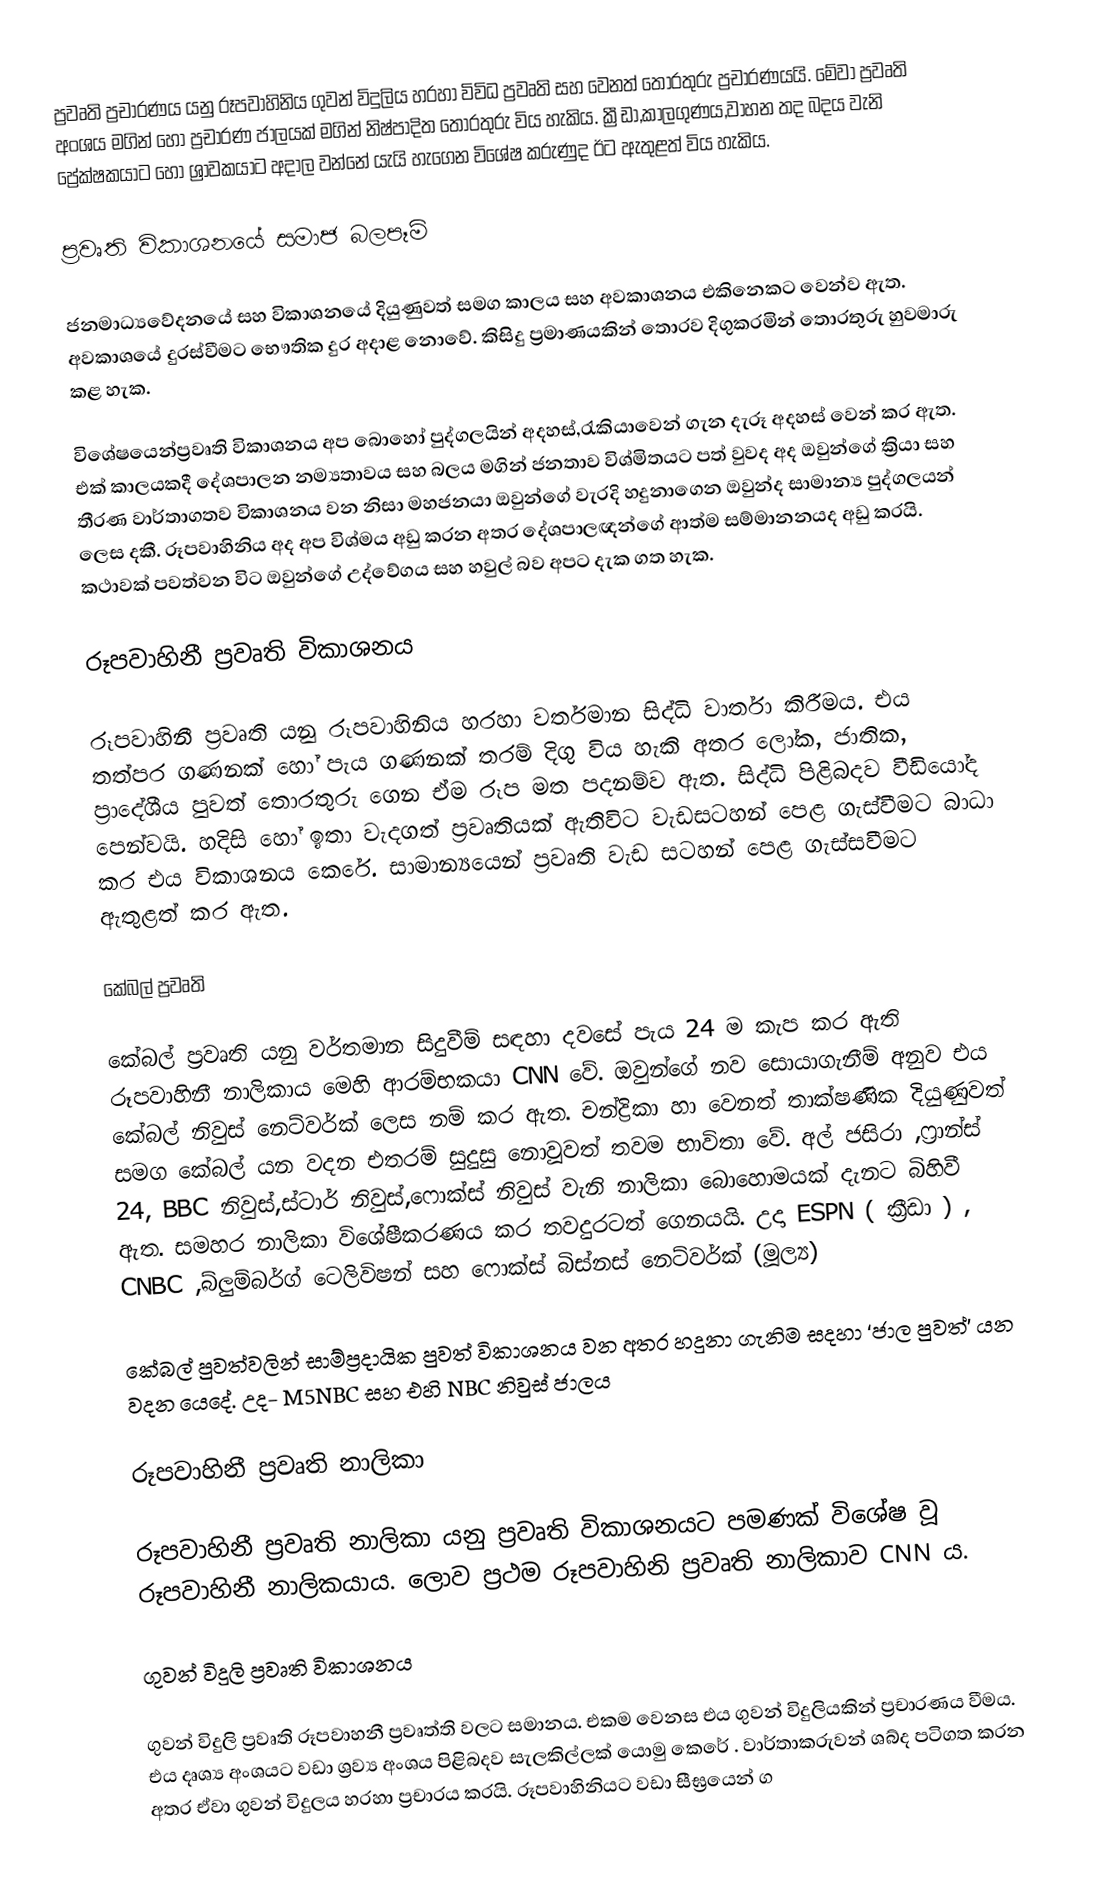
ප්‍රවෘති ප්‍රචාරණය යනු රූපවාහිනිය ගුවන් විදුලිය හරහා විවිධ ප්‍රවෘති සහ වෙනත් තොරතුරු ප්‍රචාරණයයි. මේවා ප්‍රවෘති අංශය මගින් හෝ ප්‍රචාරණ ජාලයක් මගින් නිෂ්පාදිත තොරතුරු විය හැකිය. ක්‍රීඩා,කාලගුණය,වාහන තද බදය වැනි ප්‍රේක්ෂකයාට හෝ ශ්‍රාවකයාට අදාල වන්නේ යැයි හැගෙන විශේෂ කරුණුද ඊට ඇතුළත් විය හැකිය.

ප්‍රවෘති විකාශනයේ සමාජ බලපෑම්

ජනමාධ්‍යවේදනයේ සහ විකාශනයේ දියුණුවත් සමග කාලය සහ අවකාශනය එකිනෙකට වෙන්ව ඇත. අවකාශයේ දුරස්වීමට භෞතික දුර අදාළ නොවේ. කිසිදු ප්‍රමාණයකින් තොරව දිගුකරමින් තොරතුරු හුවමාරු කළ හැක.

විශේෂයෙන්ප්‍රවෘති විකාශනය අප බොහෝ පුද්ගලයින් අදහස්,රැකියාවෙන් ගැන දැරූ අදහස් වෙන් කර ඇත. එක් කාලයකදී දේශපාලන නම්‍යතාවය සහ බලය මගින් ජනතාව විශ්මිතයට පත් වුවද අද ඔවුන්ගේ ක්‍රියා සහ තීරණ වාර්තාගතව විකාශනය වන නිසා මහජනයා ඔවුන්ගේ වැරදි හදුනාගෙන ඔවුන්ද සාමාන්‍ය පුද්ගලයන් ලෙස දකී. රූපවාහිනිය අද අප විශ්මය අඩු කරන අතර දේශපාලඥන්ගේ ආත්ම සම්මානනයද අඩු කරයි. කථාවක් පවත්වන විට ඔවුන්ගේ උද්වේගය සහ හවුල් බව අපට දැක ගත හැක.

රූපවාහිනී ප්‍රවෘති විකාශනය

රූපවාහිනී ප්‍රවෘති යනු රූපවාහිනිය හරහා වර්තමාන සිද්ධි වාර්තා කිරීමය. එය තත්පර ගණනක් හෝ පැය ගණනක් තරම් දිගු විය හැකි අතර ලෝක, ජාතික, ප්‍රාදේශීය පුවත් තොරතුරු ගෙන ඒම රූප මත පදනම්ව ඇත. සිද්ධි පිළිබදව වීඩියෝද පෙන්වයි. හදිසි හෝ ඉතා වැදගත් ප්‍රවෘතියක් ඇතිවිට වැඩසටහන් පෙළ ගැස්වීමට බාධා කර එය විකාශනය කෙරේ. සාමාන්‍යයෙන් ප්‍රවෘති වැඩ සටහන් පෙළ ගැස්සවීමට ඇතුළත් කර ඇත.

කේබල් ප්‍රවෘති

කේබල් ප්‍රවෘති යනු වර්තමාන සිදුවීම් සඳහා දවසේ පැය 24 ම කැප කර ඇති රූපවාහිනී නාලිකාය මෙහි ආරම්භකයා CNN වේ. ඔවුන්ගේ නව සොයාගැනීම් අනුව එය කේබල් නිවුස් නෙට්වර්ක් ලෙස නම් කර ඇත. චන්ද්‍රිකා හා වෙනත් තාක්ෂණික දියුණුවත් සමග කේබල් යන වදන එතරම් සුදුසු නොවූවත් තවම භාවිතා වේ. අල් ජසිරා ,ෆ්‍රාන්ස් 24, BBC නිවුස්,ස්ටාර් නිවුස්,ෆොක්ස් නිවුස් වැනි නාලිකා බොහොමයක් දැනට බිහිවී ඇත. සමහර නාලිකා විශේෂීකරණය කර තවදුරටත් ගෙනයයි. උදා ESPN ( ක්‍රීඩා ) , CNBC ,බ්ලුම්බර්ග් ටෙලිවිෂන් සහ ෆොක්ස් බිස්නස් නෙට්වර්ක් (මූල්‍ය‍)

කේබල් පුවත්වලින් සාම්ප්‍රදායික පුවත් විකාශනය වන අතර හදුනා ගැනිම සදහා ‘ජාල පුවත්’ යන වදන යෙදේ. උද- M5NBC සහ එහි NBC නිවුස් ජාලය

රූපවාහිනී ප්‍රවෘති නාලිකා

රූපවාහිනී ප්‍රවෘති නාලිකා යනු ප්‍රවෘති විකාශනයට පමණක් විශේෂ වූ රූපවාහිනී නාලිකයාය. ලොව ප්‍රථම රූපවාහිනි ප්‍රවෘති නාලිකාව CNN ය.

ගුවන් විදුලි ප්‍රවෘති විකාශනය

ගුවන් විදුලි ප්‍රවෘති රූපවාහනී ප්‍රවෘත්ති වලට සමානය. එකම වෙනස එය ගුවන් විදුලියකින් ප්‍රචාරණය වීමය. එය දෘශ්‍ය අංශයට වඩා ශ්‍රව්‍ය අංශය පිළිබදව සැලකිල්ලක් යොමු කෙරේ . වාර්තාකරුවන් ශබ්ද පටිගත කරන අතර ඒවා ගුවන් විදුලය හරහා ප්‍රචාරය කරයි. රූපවාහිනියට වඩා සීඝ්‍රයෙන් ග